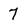
Character: 7